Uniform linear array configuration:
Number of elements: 8
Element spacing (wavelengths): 1
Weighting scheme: cosine
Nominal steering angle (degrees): -45
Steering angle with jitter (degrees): -43.218
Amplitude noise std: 0.05
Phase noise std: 0.05

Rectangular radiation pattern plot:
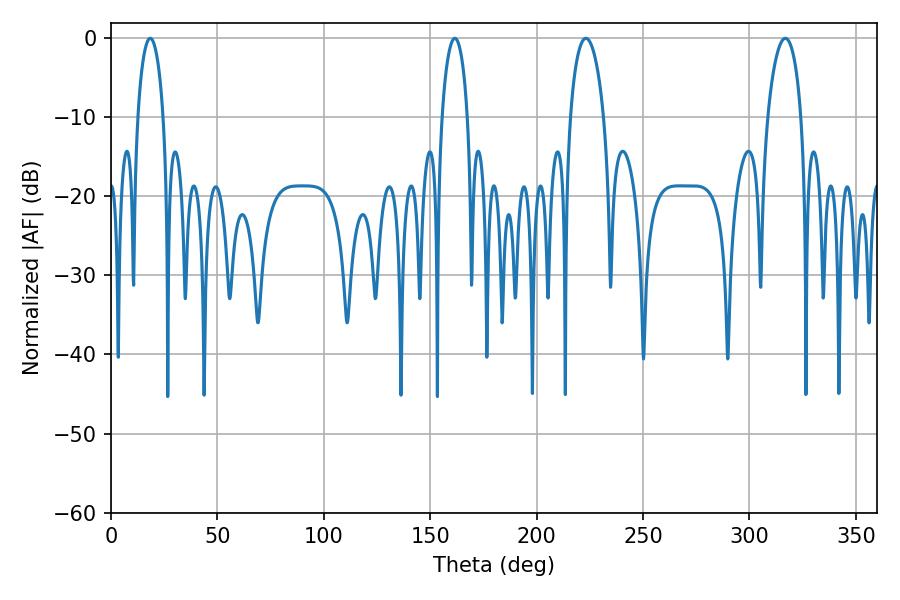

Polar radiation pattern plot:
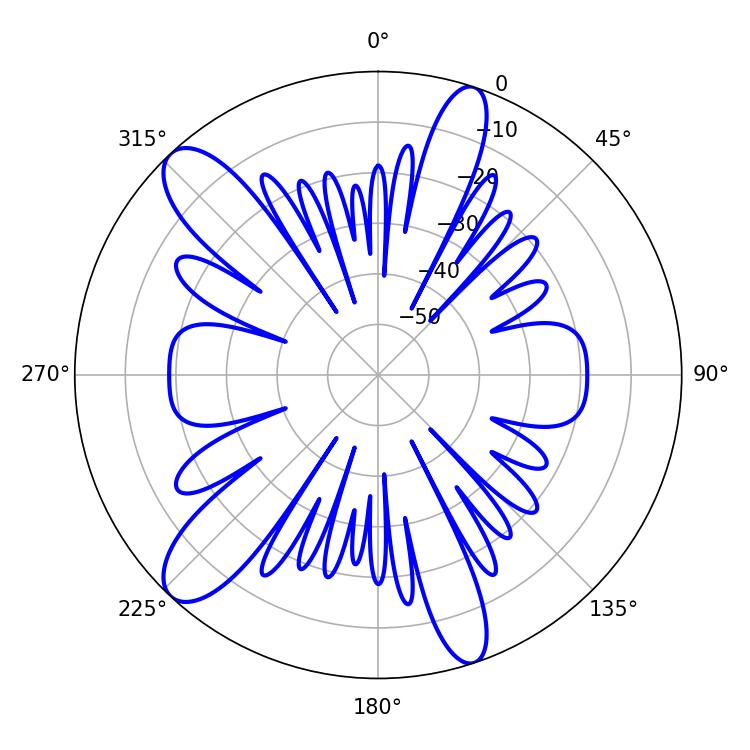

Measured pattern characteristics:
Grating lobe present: TRUE
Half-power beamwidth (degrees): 9
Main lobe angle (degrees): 223.2